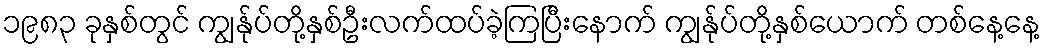
၁၉၈၃ ခုနှစ်တွင် ကျွန်ုပ်တို့နှစ်ဦးလက်ထပ်ခဲ့ကြပြီးနောက် ကျွန်ုပ်တို့နှစ်ယောက် တစ်နေ့နေ့